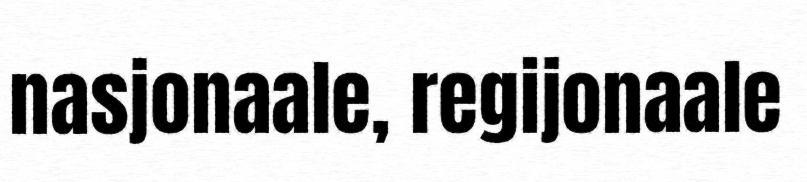
nasjonaale, regijonaale